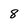
Character: 8